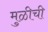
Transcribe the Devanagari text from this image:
मुळीची